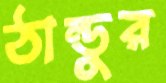
ঠান্ডুর